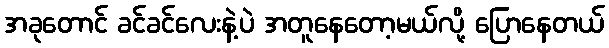
အခုတောင် ခင်ခင်လေးနဲ့ပဲ အတူနေတော့မယ်လို့ ပြောနေတယ်